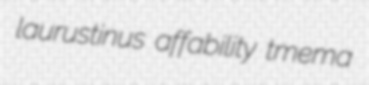
laurustinus affability tmema